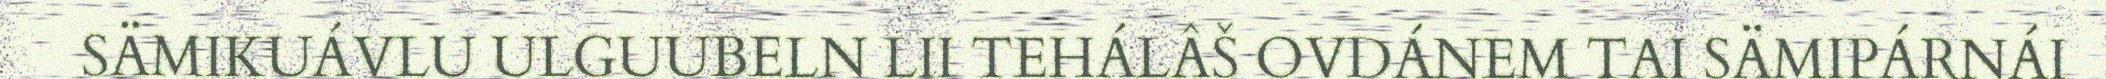
SÄMIKUÁVLU ULGUUBELN LII TEHÁLÂŠ OVDÁNEM TAI SÄMIPÁRNÁI